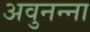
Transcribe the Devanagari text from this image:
अवुनन्ना